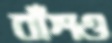
বাঁশও